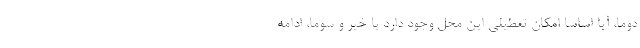
دوما، آیا اساسا امکان تعطیلی این محل وجود دارد یا خیر و سوما، ادامه